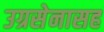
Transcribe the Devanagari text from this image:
उग्रसेनासह